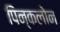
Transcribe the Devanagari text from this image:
पिन्कलोन